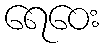
ရေဝေး